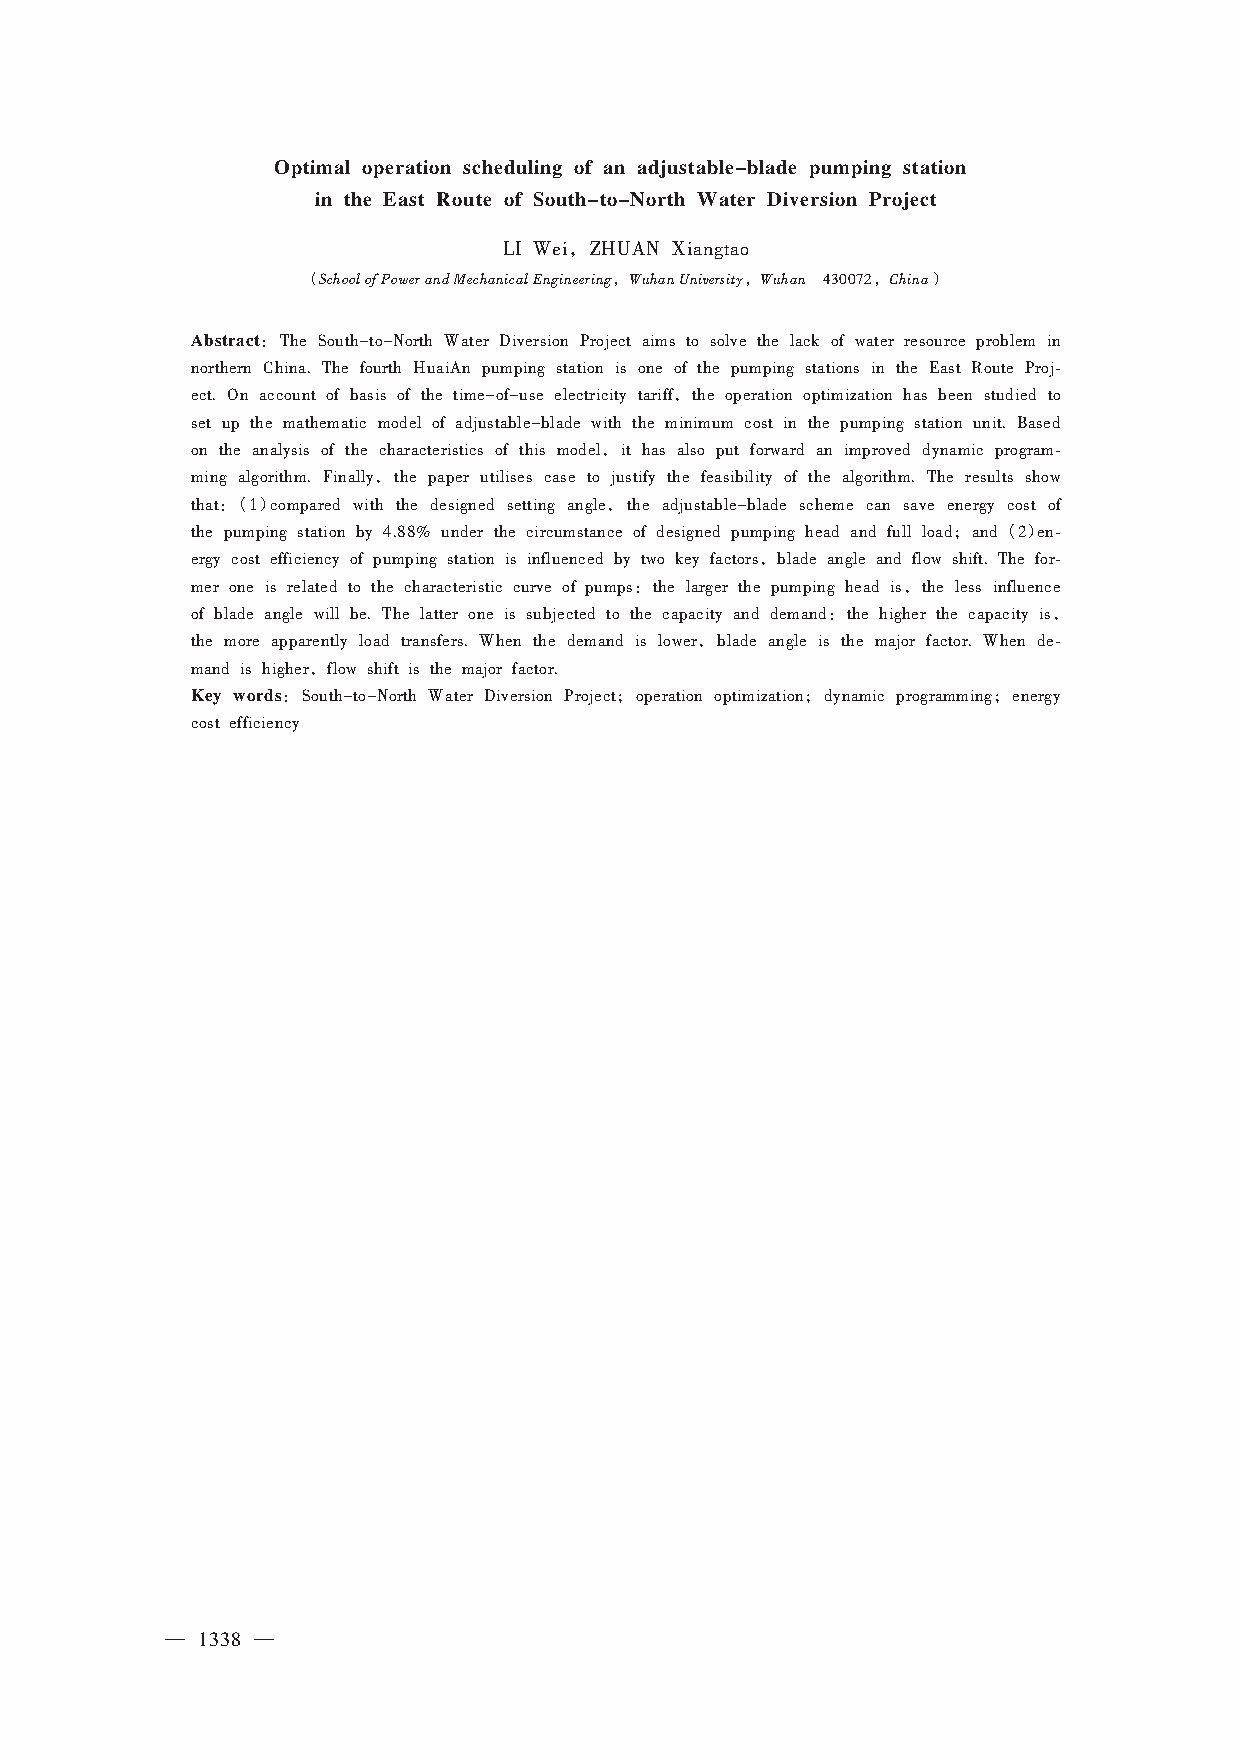
Optimal operation scheduling of an adjustable-blade pumping station
 in the East Route of South-to-North Water Diversion Project
 ，
 LI Wei ZHUAN Xiangtao
 （SchoolofPowerandMechanicalEngineering，WuhanUniversity，Wuhan ，China）
 430072
 Abstract：
 The South-to-North Water Diversion Project aims to solve the lack of water resource problem in
 northern China. The fourth HuaiAn pumping station is one of the pumping stations in the East Route Proj⁃
 ，
 ect. On account of basis of the time-of-use electricity tariff the operation optimization has been studied to
 set up the mathematic model of adjustable-blade with the minimum cost in the pumping station unit. Based
 ，
 on the analysis of the characteristics of this model it has also put forward an improved dynamic program⁃
 ，
 ming algorithm. Finally the paper utilises case to justify the feasibility of the algorithm. The results show
 ：（）                       ，
 that 1 compared with the designed setting angle the adjustable-blade scheme can save energy cost of
 ；  （）
 the pumping station by 4.88% under the circumstance of designed pumping head and full load and 2 en⁃
 ，
 ergy cost efficiency of pumping station is influenced by two key factors blade angle and flow shift. The for⁃
 ：                 ，
 mer one is related to the characteristic curve of pumps the larger the pumping head is the less influence
 ：              ，
 of blade angle will be. The latter one is subjected to the capacity and demand the higher the capacity is
 ，
 the more apparently load transfers. When the demand is lower blade angle is the major factor. When de⁃
 ，
 mand is higher flow shift is the major factor.
 Key words：                  ；           ；            ；
 South-to-North Water Diversion Project operation optimization dynamic programming energy
 cost efficiency
 — 1338 —